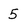
Character: 5